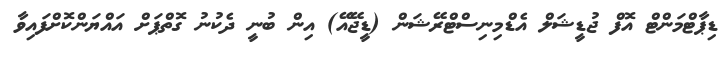
ޑިޕާޓްމަންޓް އޮފް ޖުޑީޝަލް އެޑްމިނިސްޓްރޭޝަން (ޑީޖޭއޭ) އިން ބުނީ ދެކުނު ގޮތްޕަށް އައްޔަންކޮށްފައިވާ